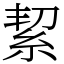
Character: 絜